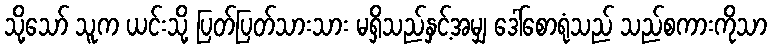
သို့သော် သူက ယင်းသို့ ပြတ်ပြတ်သားသား မရှိသည်နှင့်အမျှ ဒေါ်စောရုံသည် သည်စကားကိုသာ